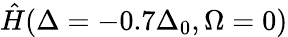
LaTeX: \hat{H}(\Delta=-0.7\Delta_{0},\Omega=0)